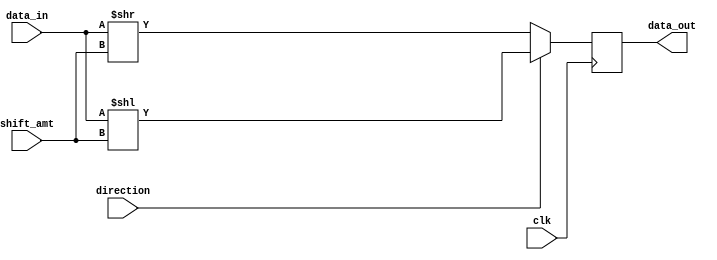
module barrel_shifter(
    input wire clk,
    input wire [7:0] data_in,
    input wire [2:0] shift_amt,
    input wire direction, // 0 for right shift, 1 for left shift
    output reg [7:0] data_out
);

reg [7:0] shifted_data;

always @(posedge clk) begin
    if(direction == 0) begin // right shift
        shifted_data = data_in >> shift_amt;
        data_out <= shifted_data;
    end else begin // left shift
        shifted_data = data_in << shift_amt;
        data_out <= shifted_data;
    end
end

endmodule